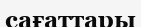
сағаттары